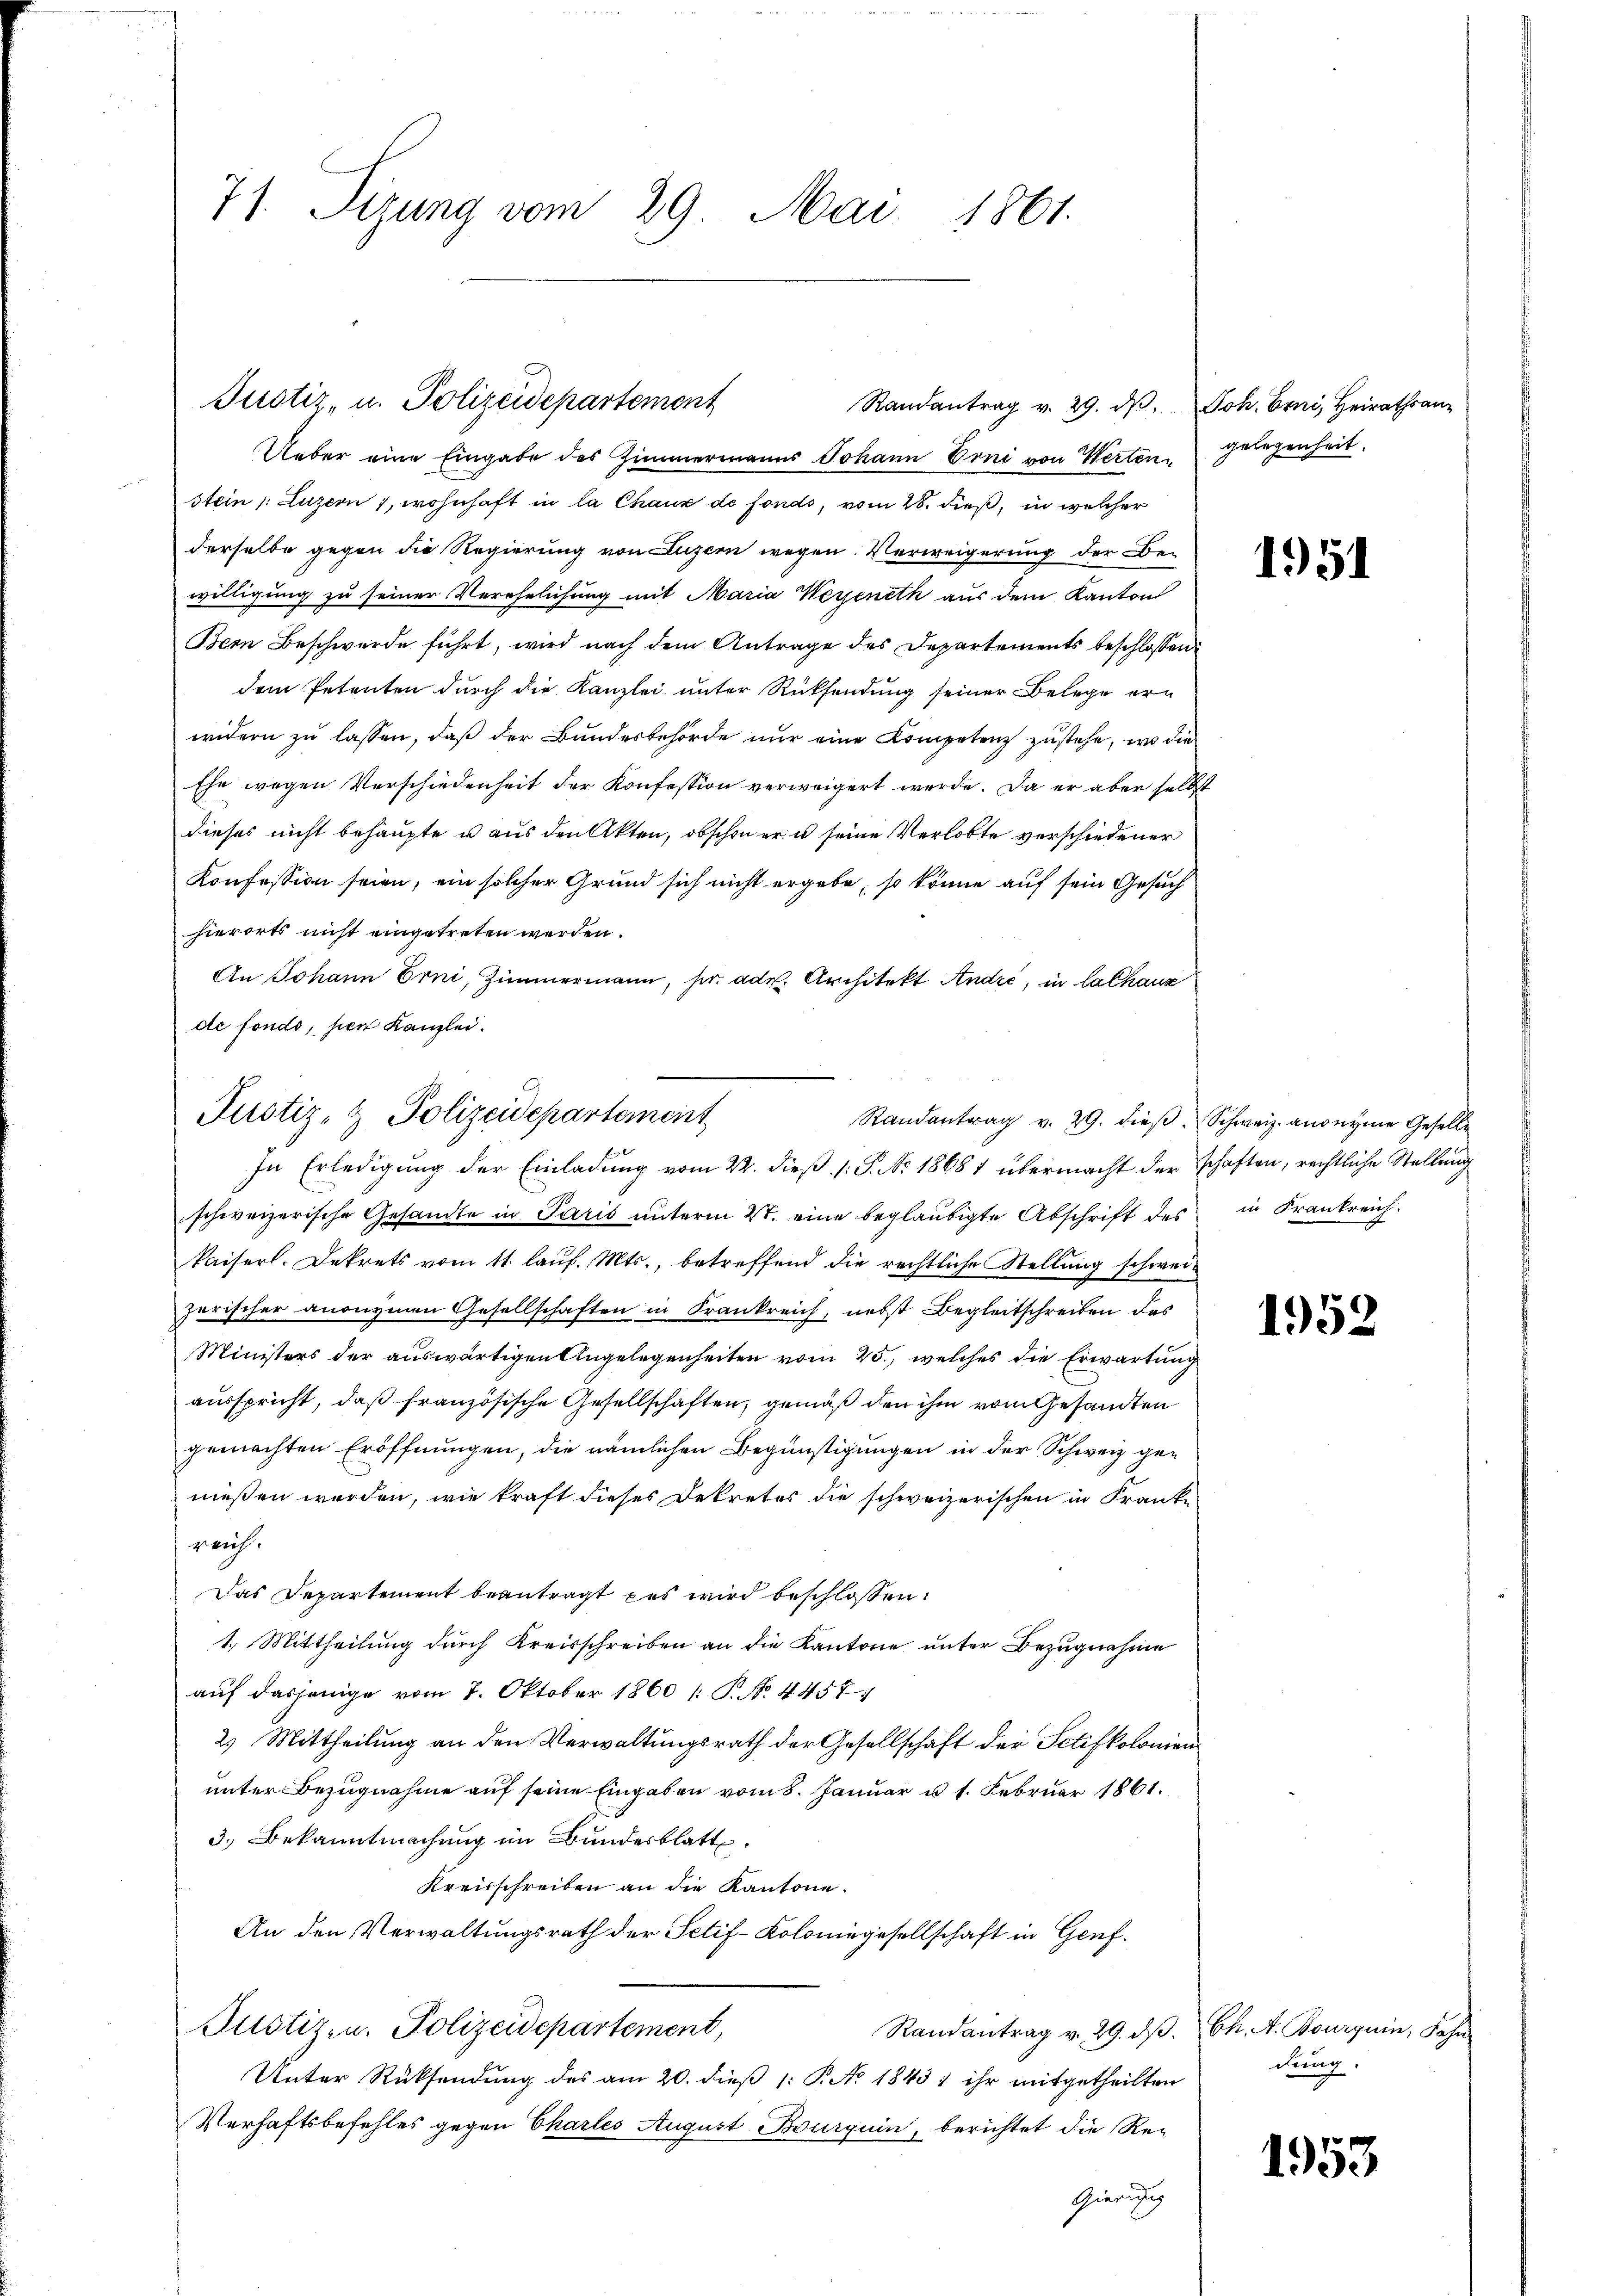
71. Sizung vom 29. Mai 1861.

Randantrag v. 29. dβ. Joh. Erni, Heirathsan-
Ueber eine Eingabe des Zimmermanns Johann Erni von Werten gelegenheit.
stein /: Luzern), wohnhaft in la Chaux de fonds, vom 28. dieß, in welcher
derselbe gegen die Regierung von Luzern wegen Verweigerung der Bewilligung zu seiner Verehelichung mit Maria Weyeneth aus dem Kanton
Bern Beschwürde führt, wird nach dem Antrage des Departements beschlossen:
dem Petenten durch die Kanzlei unter Rücksendung seiner Belege erwidern zu lassen, daß der Bundesbehörde nur eine Kompetenz zustehe, wo die
Ehe wegen Verschiedenheit der Konfession verweigert werde. Da er aber selbst
dieses nicht behaupte u aus den Akten, obschon er u seine Verlobte verschiedener
Konfession seien, ein solcher Grund sich nicht ergebe, so könne auf sein Gesuch
hierorts nicht eingetreten werden.
An Johann Erni, Zimmermann, per adr. Architekt Andre, in Cathaus
de fondo, per Kanzlei.

Justiz- u. Polizeidepartement

Justiz- & Polizeidepartement
In Erledigung der Einladung vom 24. dieß (: P. No. 18681 übermacht der schaften, rechtliche Stellung

Randantrag v. 29. dieβ.  Schweiz. anonyme Geselle
schweizerische Gesandte in Paris ŭnterm 27. eine beglaubigte Abschrift des in Krankreich.
kaiserl. Dekrets vom 11. lauf. Mts., betreffend die rechtliche Stellung schweizerischer anonymen Gesellschaften in Krankreich, nebst Begleitschreiben das
Ministers der auswärtigen Angelegenheiten vom 25., welches die Erwartung
ausspricht, daß französische Gesellschaften, gemäß den ihm vom Gesandten
gemachten Eröffnungen, die nämlichen Begünstigungen in der Schweiz genießen worden, wie kraft dieses Dekretes die schweizerischen in Franke
reich.
Das Departement beantragt das wird beschlossen:
1.) Mittheilung durch Kreisschreiben an die Kantone unter Bezugnahme
auf dasjenige vom 7. Oktober 1860 (T. No. 4457)
2.) Mittheilung an den Verwaltungsrath der Gesellschaft der Schifkolomen
unter Bezugnahme auf seine Eingaben vom 8. Januar u 1. Februar 1861.
3. Bekanntmachung im Bundesblatt.
Kreisschreiben an die Kantone.
An den Verwaltungsrath der Setif-Koloningesellschaft in Genf.
Justiz- u. Polizeidepartement,
Randantrag v. 29. dβ. Ch. A. Bourquin, Sohn
Unter Rücksendung des am 20. dieß (: P. No 1843) ihr mitgetheilten
Verhaftsbefehles gegen Charles August Bourquin, berichtet die Re-
Gerichtig

1951

1952

dung.

1953